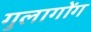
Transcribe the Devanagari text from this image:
गुलागोंग